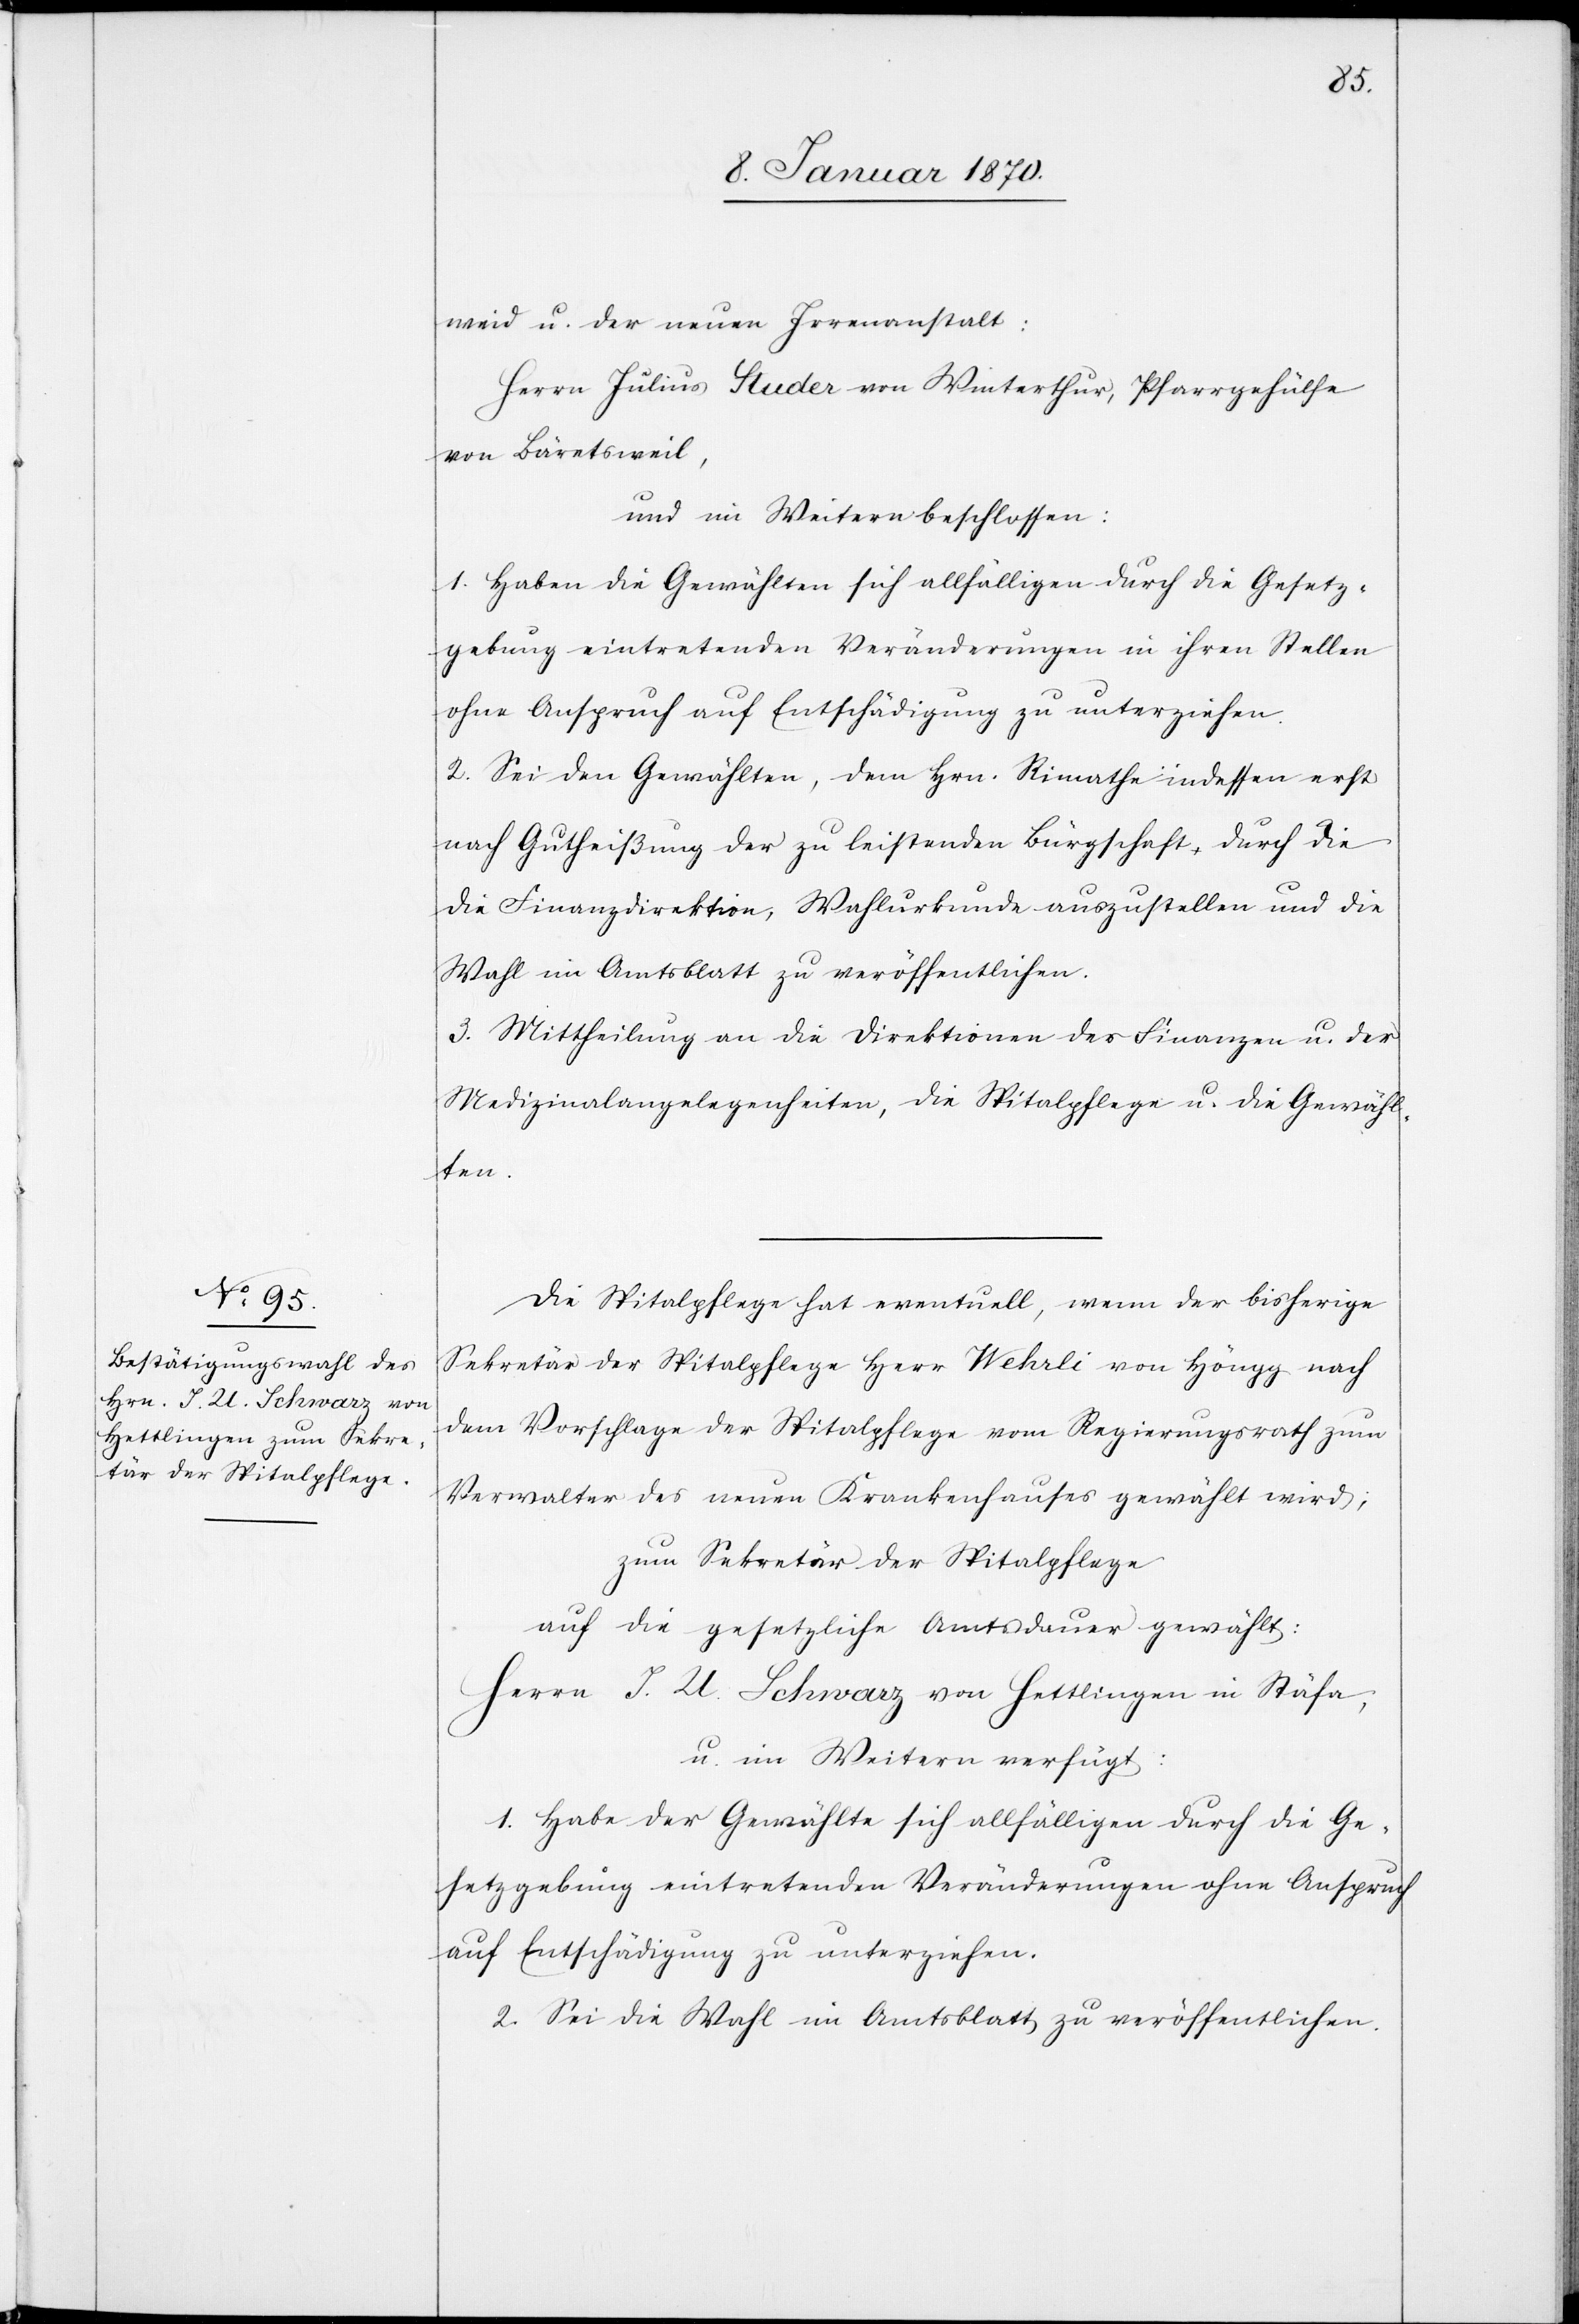
weid u. der neuen Irrenanstalt:
Herrn Julius Studer von Winterthur, Pfarrgehülfe
von Bäretsweil,
und im Weitern beschlossen:
1. Haben die Gewählten sich allfälligen durch die Gesetz¬
gebung eintretenden Veränderungen in ihren Stellen
ohne Anspruch auf Entschädigung zu unterziehen.
2. Sei den Gewählten, dem Hrn. Rimathe indessen erst
nach Gutheißung der zu leistenden Bürgschaft, durch die
[sic!] Finanzdirektion, Wahlurkunde auszustellen und die
Wahl im Amtsblatt zu veröffentlichen.
3. Mittheilung an die Direktion des [sic!] Finanzen u. der
Medizinalangelegenheiten, die Spitalpflege u. die Gewähl¬
ten.
Die Spitalpflege hat eventuell, wenn der bisherige
Sekretär der Spitalpflege Herr Wehrli von Höngg nach
dem Vorschlage der Spitalpflege vom Regierungsrath zum
Verwalter des neuen Krankenhauses gewählt wird;
zum Sekretär der Spitalpflege
auf die gesetzliche Amtsdauer gewählt:
Herrn J. U. Schwarz von Hettlingen in Stäfa,
u. im Weiteren verfügt:
1. Habe der Gewählte sich allfälligen durch die Ge¬
setzgebung eintretenden Veränderungen ohne Anspruch
auf Entschädigung zu unterziehen.
2. Sei die Wahl im Amtsblatt zu veröffentlichen.